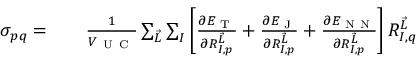
\begin{array} { r l } { \sigma _ { p q } = } & { { } \phantom { + } ~ \frac { 1 } { V _ { \mathrm { ~ U ~ C ~ } } } \sum _ { \vec { L } } \sum _ { I } \left[ \frac { \partial E _ { \textrm { T } } } { \partial R _ { I , p } ^ { \vec { L } } } + \frac { \partial E _ { \textrm { J } } } { \partial R _ { I , p } ^ { \vec { L } } } + \frac { \partial E _ { \textrm { N N } } } { \partial R _ { I , p } ^ { \vec { L } } } \right] R _ { I , q } ^ { \vec { L } } } \end{array}